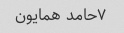
۷حامد همایون